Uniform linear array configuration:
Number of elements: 64
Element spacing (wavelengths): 0.25
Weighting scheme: blackman
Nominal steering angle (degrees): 15
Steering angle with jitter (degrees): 13.358
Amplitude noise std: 0.05
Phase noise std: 0.05

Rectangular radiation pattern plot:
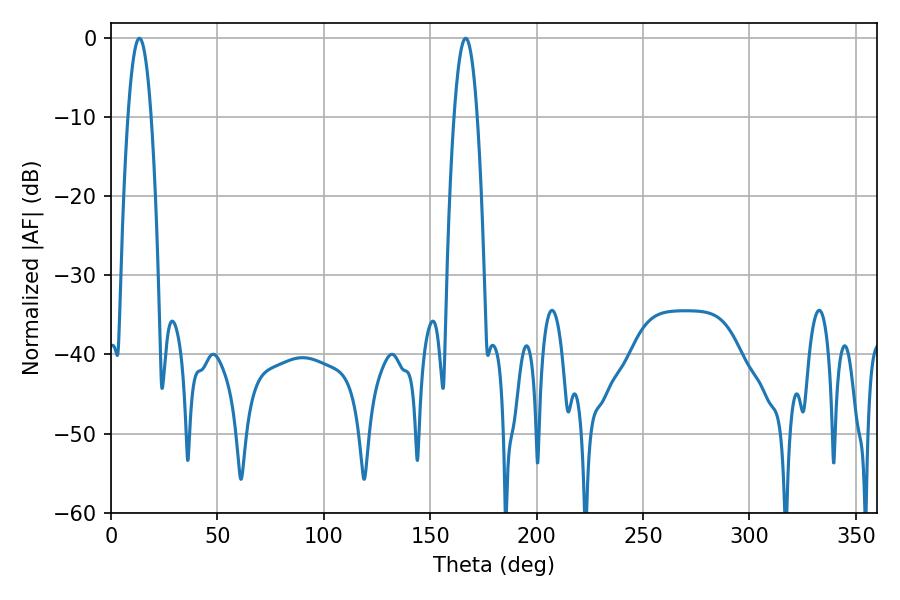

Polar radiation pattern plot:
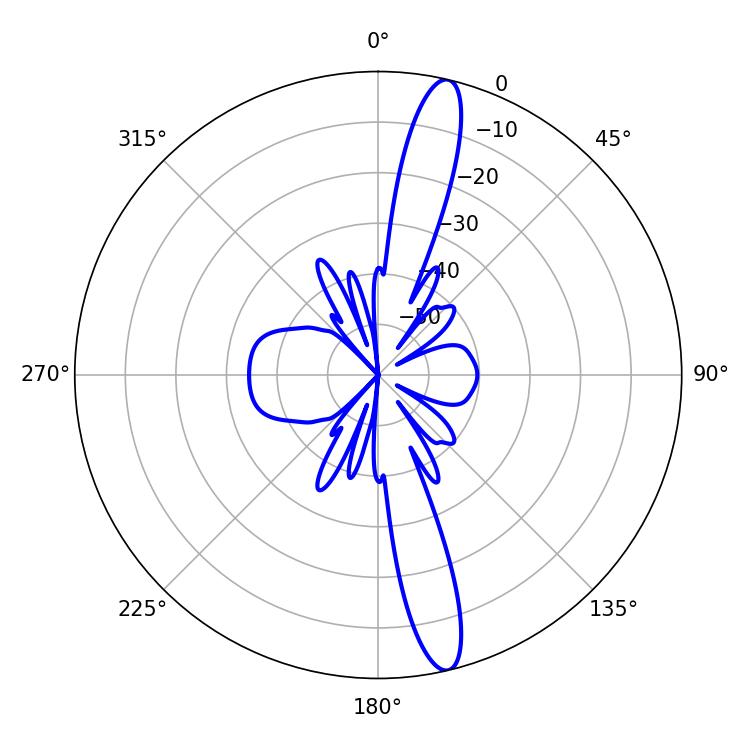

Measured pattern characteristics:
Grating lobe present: FALSE
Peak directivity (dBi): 15.85
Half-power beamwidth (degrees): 5.94
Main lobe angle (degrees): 13.32